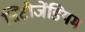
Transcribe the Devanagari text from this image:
सिटीजेंडियम